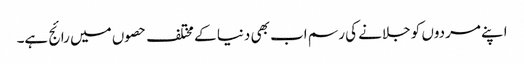
اپنے مردوں کو جلانے کی رسم اب بھی دنیا کے مختلف حصوں میں رائج ہے۔